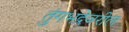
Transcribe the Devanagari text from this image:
तुंगभद्रेवरील